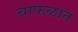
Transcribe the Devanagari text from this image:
चाफळात